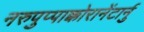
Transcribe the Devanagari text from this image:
नरुपुप्पाक्कोरानेंटार्नु